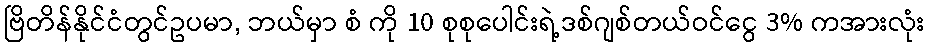
ဗြိတိန်နိုင်ငံတွင်ဥပမာ, ဘယ်မှာ စံ ကို 10 စုစုပေါင်းရဲ့ဒစ်ဂျစ်တယ်ဝင်ငွေ 3% ကအားလုံး